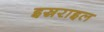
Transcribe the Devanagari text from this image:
इस्रराइल